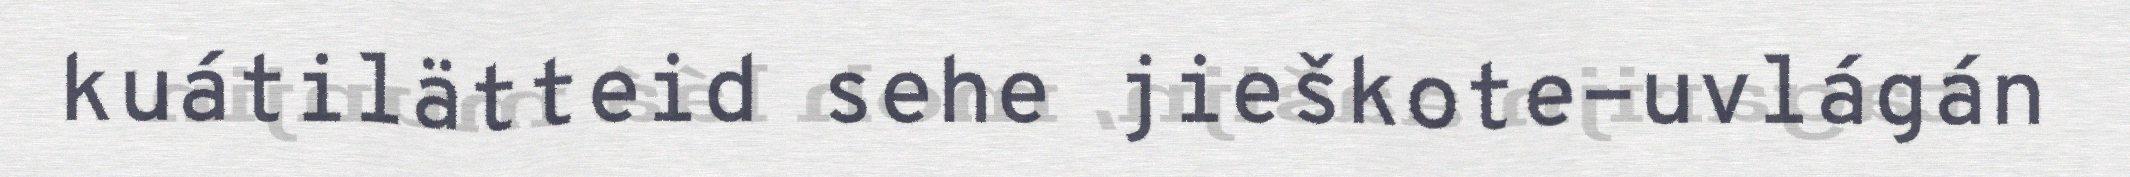
kuátilätteid sehe jieškote-uvlágán